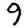
Digit: 9